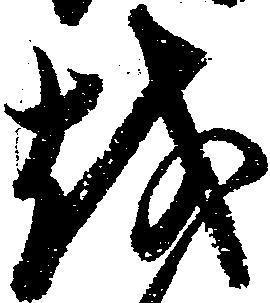
越